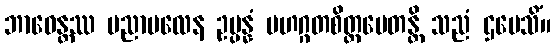
ဘာဝေန္တဿ ပညာဗလေန ဥပ္ပန္နံ မဟဂ္ဂတစိတ္တမေတန္တိ သညံ ဌပေသိံ။